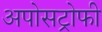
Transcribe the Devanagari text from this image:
अपोसट्रोफी